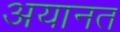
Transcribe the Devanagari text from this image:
अयानत